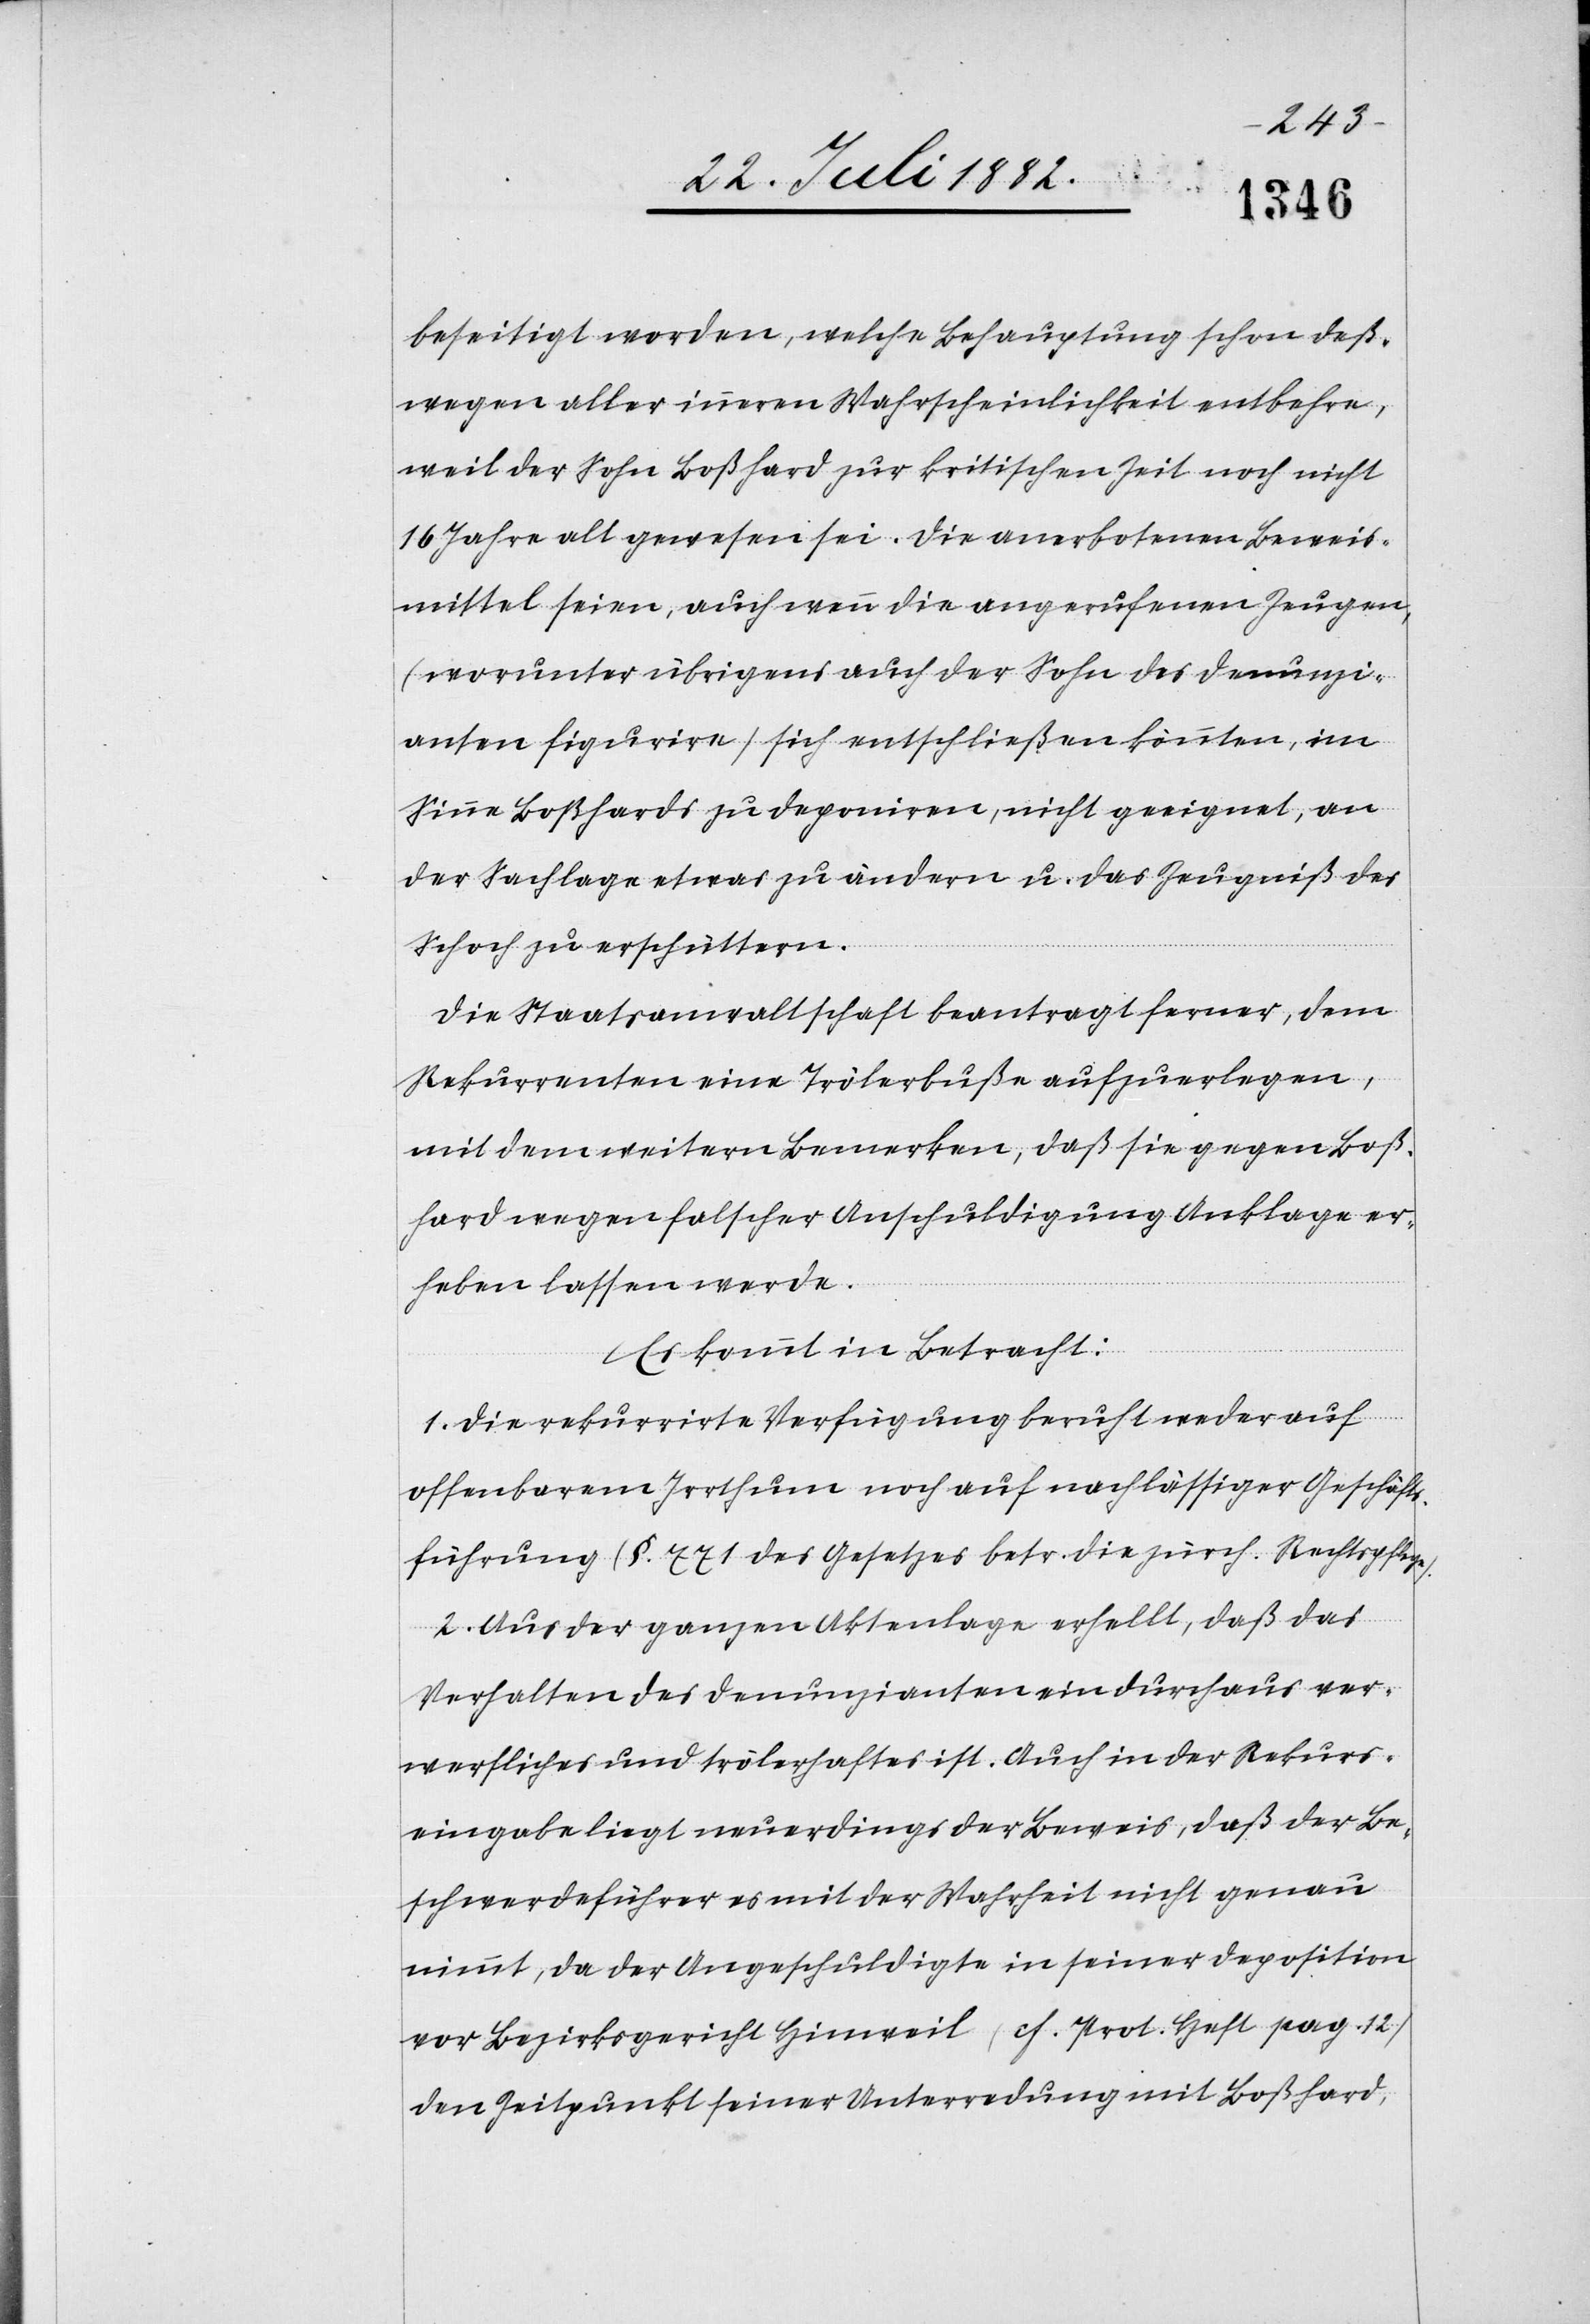
beseitigt worden, welche Behauptung schon deß¬
wegen aller inneren Wahrscheinlichkeit entbehre,
weil der Sohn Boßhard zur kritischen Zeit noch nicht
16 Jahre alt gewesen sei. Die anerbotenen Beweis¬
mittel seien, auch wenn die angerufenen Zeugen
(worunter übrigens auch der Sohn des Denunzi¬
anten figurire) sich entschließen könnten, im
Sinne Boßhards zu deponiren, nicht geeignet, an
der Sachlage etwas zu ändern u. das Zeugniß des
Schoch zu erschüttern.
Die Staatsanwaltschaft beantragt ferner, dem
Rekurrenten eine Trölerbuße aufzuerlegen,
mit dem weitern Bemerken, daß sie gegen Boß¬
hard wegen falscher Anschuldigung Anklage er¬
heben lassen werde.
Es kommt in Betracht:
1. die rekurrirte Verfügung beruht weder auf
offenbarem Irrthum noch auf nachlässiger Geschäfts¬
führung (§. 771 des Gesetzes betr. die zürch. Rechtspflege).
2. Aus der ganzen Aktenlage erhellt, daß das
Verhalten des Denunzianten ein durchaus ver¬
werfliches und trölerhaftes ist. Auch in der Rekurs¬
eingabe liegt neuerdings der Beweis, daß der Be¬
schwerdeführer es mit der Wahrheit nicht genau
nimmt, da der Angeschuldigte in seiner Deposition
vor Bezirksgericht Hinweil (s. Prot. Heft pag. 12)
den Zeitpunkt seiner Unterredung mit Boßhard,